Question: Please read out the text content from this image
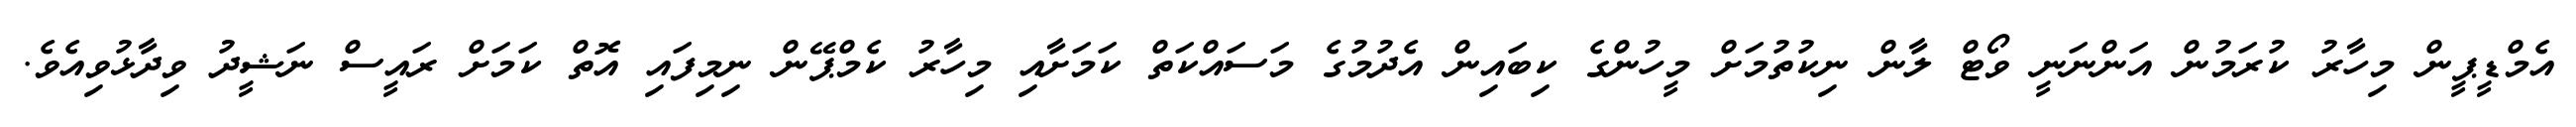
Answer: އެމްޑީޕީން މިހާރު ކުރަމުން އަންނަނީ ވޯޓް ލާން ނިކުތުމަށް މީހުންގެ ކިބައިން އެދުމުގެ މަސައްކަތް ކަމަށާއި މިހާރު ކެމްޕޭން ނިމިފައި އޮތް ކަމަށް ރައީސް ނަޝީދު ވިދާޅުވިއެވެ.